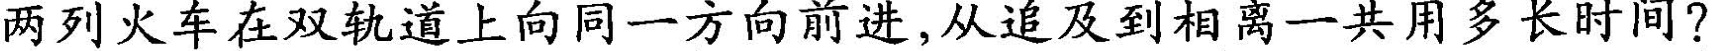
两列火车在双轨道上向同一方向前进，从追及到相离一共用多长时间?